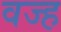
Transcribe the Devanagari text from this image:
वज्ह